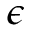
\epsilon